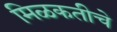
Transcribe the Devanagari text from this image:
मिळकतीचे